Civil Veterinary Department Bihar & Orissa reports 1929-36 - 1929-1936
Year: 1929
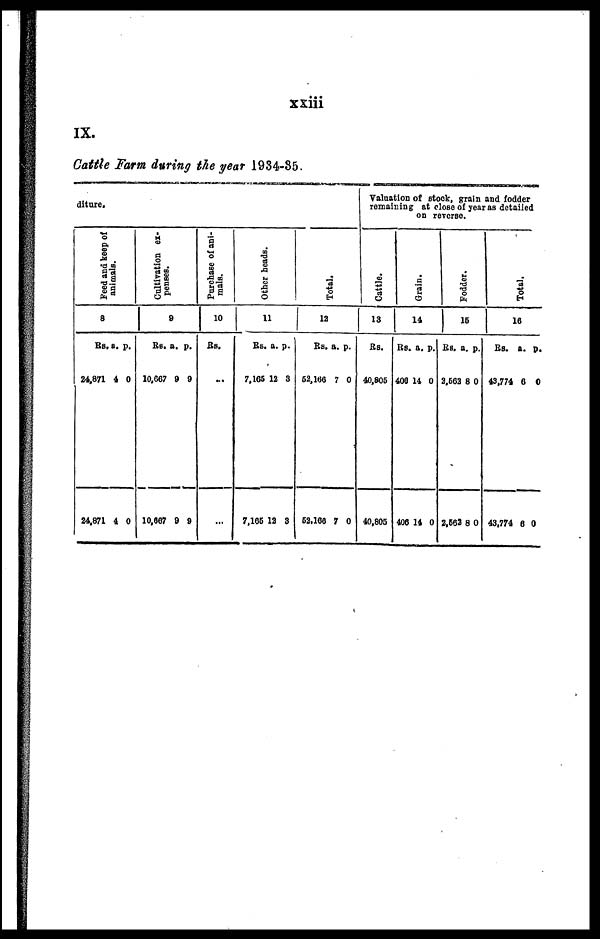
xxiii
IX.
Cattle Farm during the year 1934-85.
diture.
Peed and keep of
animals.
8
Rs. a. p.
24,871 4 0
24,871 4 0
Cultivation ex-
penses.
9
Rs. a. p.
10,667 9 9
10,667 9 9
Purchase of ani-
mals.
10
Rs.
...
...
Other heads.
11
Rs. a. p.
7,165 12 3
7,165 12 3
Total.
12
Rs. a. p.
62,166 7 0
52,166 7 0
Valuation of stock, grain and fodder
remaining at close of year as detailed
on reverse.
Cattle.
13
Rs.
40,805
40,805
Grain.
14
Rs. a. p.
406 14 0
406 14 0
Fodder.
16
Rs. a. p.
2,562 8 0
2,562 8 0
Total.
16
Rs. a. p.
43,774 6 0
43,774 6 0